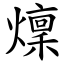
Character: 燣